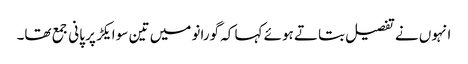
انہوں نے تفصیل بتاتے ہوئے کہا کہ گورانو میں تین سو ایکڑ پر پانی جمع تھا۔